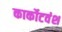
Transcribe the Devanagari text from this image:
कार्कोटवंश